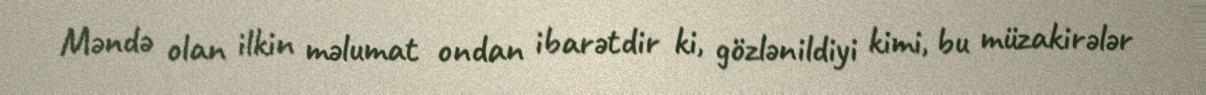
Məndə olan ilkin məlumat ondan ibarətdir ki, gözlənildiyi kimi, bu müzakirələr